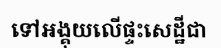
ទៅអង្គុយលើផ្ទះសេដ្ឋីជា